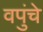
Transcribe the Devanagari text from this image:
वपुंचे